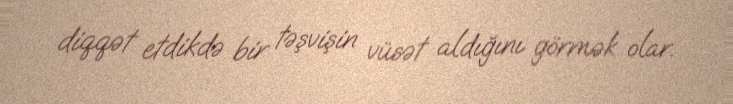
diqqət etdikdə bir təşvişin vüsət aldığını görmək olar.